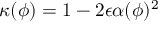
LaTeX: \kappa ( \phi ) = 1 - 2 \epsilon \alpha ( \phi ) ^ { 2 }